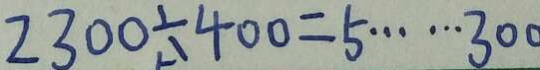
2 3 0 0 \div 4 0 0 = 5 \cdots 3 0 0